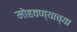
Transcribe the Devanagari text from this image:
मोहवण्याच्या